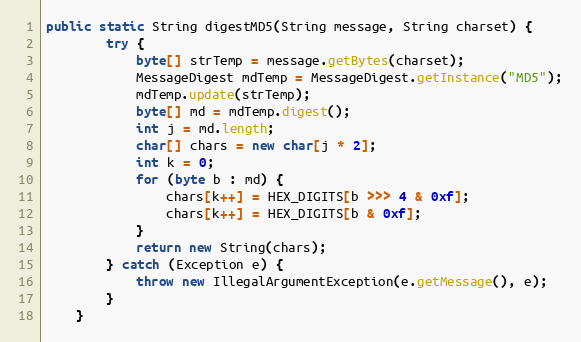
Language: Java
public static String digestMD5(String message, String charset) {
        try {
            byte[] strTemp = message.getBytes(charset);
            MessageDigest mdTemp = MessageDigest.getInstance("MD5");
            mdTemp.update(strTemp);
            byte[] md = mdTemp.digest();
            int j = md.length;
            char[] chars = new char[j * 2];
            int k = 0;
            for (byte b : md) {
                chars[k++] = HEX_DIGITS[b >>> 4 & 0xf];
                chars[k++] = HEX_DIGITS[b & 0xf];
            }
            return new String(chars);
        } catch (Exception e) {
            throw new IllegalArgumentException(e.getMessage(), e);
        }
    }